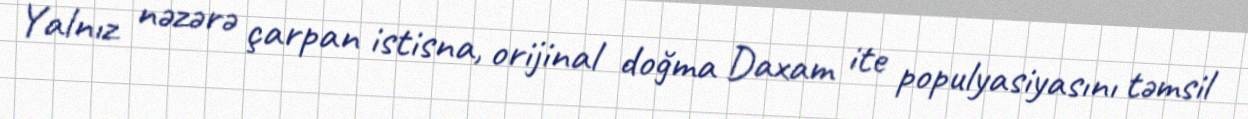
Yalnız nəzərə çarpan istisna, orijinal doğma Daxam ite populyasiyasını təmsil